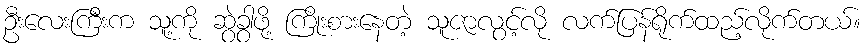
ဦးလေးကြီးက သူ့ကို ဆွဲခွာဖို့ ကြိုးစားနေတဲ့ သူဇာလွင့်လို လက်ပြန်ရိုက်ထည့်လိုက်တယ်။